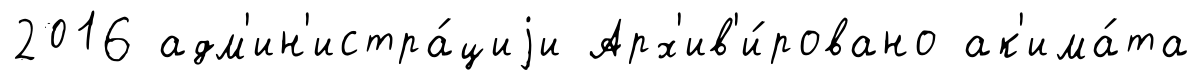
2016 адм'ин'истра́циjи Арх'ив'и́ровано ак'има́та